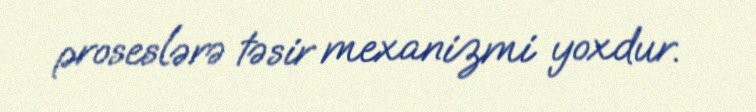
proseslərə təsir mexanizmi yoxdur.